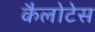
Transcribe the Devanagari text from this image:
कैलोटेस